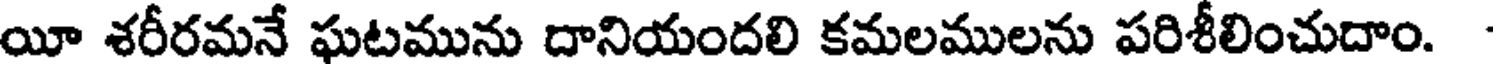
యీ శరీరమనే ఘటమును దానియందలి కమలములను పరిశీలించుదాం.